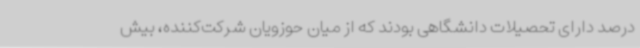
درصد دارای تحصیلات دانشگاهی بودند که از میان حوزویان شرکت‌کننده، بیش